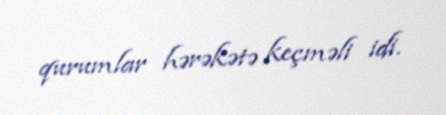
qurumlar hərəkətə keçməli idi.